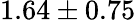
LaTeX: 1.64\pm 0.75